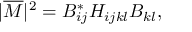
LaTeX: | \overline { { { { \cal M } } } } | ^ { 2 } = B _ { i j } ^ { * } H _ { i j k l } B _ { k l } ,